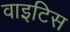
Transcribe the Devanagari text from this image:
वाइटिस